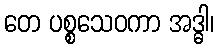
တေ ပစ္စသေဝကာ အဒ္ဓါ၊